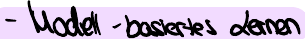
- Modell-basiertes lernen